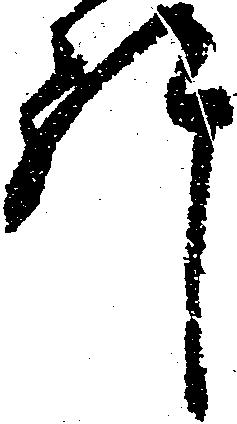
許